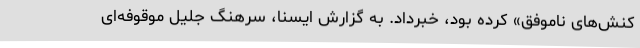
کنش‌های ناموفق» کرده بود، خبرداد. به گزارش ایسنا، سرهنگ جلیل موقوفه‌ای